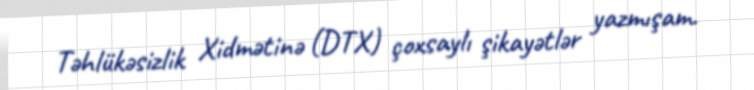
Təhlükəsizlik Xidmətinə (DTX) çoxsaylı şikayətlər yazmışam.